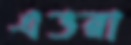
এভরা